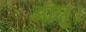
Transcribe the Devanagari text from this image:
आँसू।